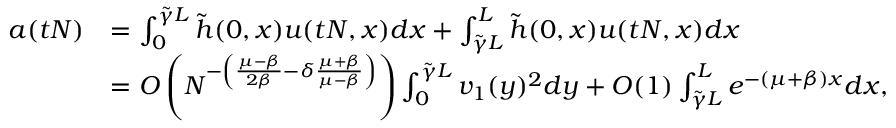
\begin{array} { r l } { a ( t N ) } & { = \int _ { 0 } ^ { \tilde { \gamma } L } \tilde { h } ( 0 , x ) u ( t N , x ) d x + \int _ { \tilde { \gamma } L } ^ { L } \tilde { h } ( 0 , x ) u ( t N , x ) d x } \\ & { = O \left( N ^ { - \left( \frac { \mu - \beta } { 2 \beta } - \delta \frac { \mu + \beta } { \mu - \beta } \right) } \right) \int _ { 0 } ^ { \tilde { \gamma } L } v _ { 1 } ( y ) ^ { 2 } d y + O ( 1 ) \int _ { \tilde { \gamma } L } ^ { L } e ^ { - ( \mu + \beta ) x } d x , } \end{array}